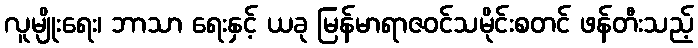
လူမျိုးရေး၊ ဘာသာ ရေးနှင့် ယခု မြန်မာရာဇဝင်သမိုင်းစတင် ဖန်တီးသည့်